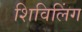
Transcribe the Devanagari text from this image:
शिविलिंग